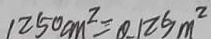
1 2 5 0 c m ^ { 2 } = 0 . 1 2 5 m ^ { 2 }